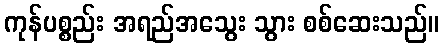
ကုန်ပစ္စည်း အရည်အသွေး သွား စစ်ဆေးသည်။